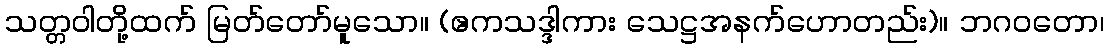
သတ္တဝါတို့ထက် မြတ်တော်မူသော။ (ဧကသဒ္ဒါကား သေဋ္ဌအနက်ဟောတည်း)။ ဘဂဝတော၊